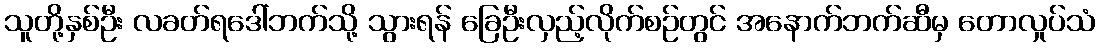
သူတို့နှစ်ဦး လခတ်ရဒေါ်ဘက်သို့ သွားရန် ခြေဦးလှည့်လိုက်စဉ်တွင် အနောက်ဘက်ဆီမှ တောလှုပ်သံ